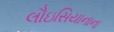
લૌઇસિયાનાના